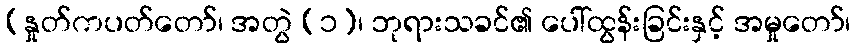
(နှုတ်ကပတ်တော်၊ အတွဲ (၁)၊ ဘုရားသခင်၏ ပေါ်ထွန်းခြင်းနှင့် အမှုတော်၊